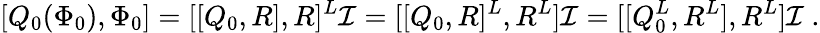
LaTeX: [Q_{0}(\Phi_{0}),\Phi_{0}]=[[Q_{0},R],R]^{L}\mathcal{I}=[[Q_{0},R]^{L},R^{L}]\mathcal{I}=[[Q_{0}^{L},R^{L}],R^{L}]\mathcal{I}\ .